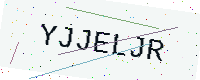
Text: YJJELJR